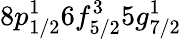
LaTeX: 8p_{1/2}^{1}6f_{5/2}^{3}5g_{7/2}^{1}